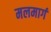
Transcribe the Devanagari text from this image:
मलमार्ग